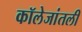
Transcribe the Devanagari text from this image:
कॉलेजांतली